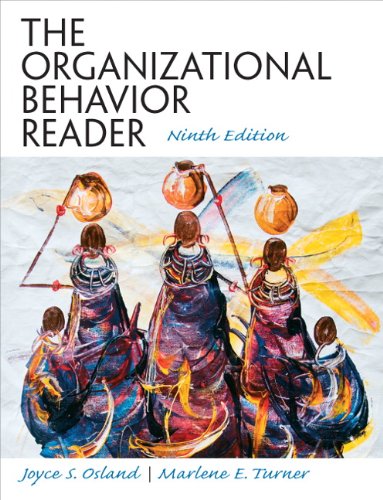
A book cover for The Organizational Behavior Reader (9th Edition); Joyce S Osland; Medical Books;